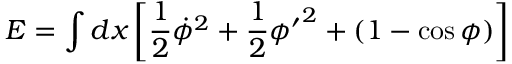
E = \int d x \left[ \frac { 1 } { 2 } \dot { \phi } ^ { 2 } + \frac { 1 } { 2 } { \phi ^ { \prime } } ^ { 2 } + ( 1 - \cos \phi ) \right]